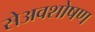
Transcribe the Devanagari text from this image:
सेअवशोषण